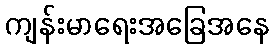
ကျန်းမာရေးအခြေအနေ